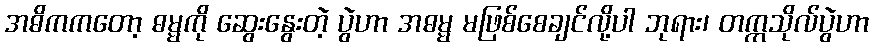
အဓိကကတော့ ဓမ္မကို ဆွေးနွေးတဲ့ ပွဲဟာ အဓမ္မ မဖြစ်စေချင်လို့ပါ ဘုရား၊ တက္ကသိုလ်ပွဲဟာ